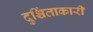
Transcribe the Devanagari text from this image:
दुश्चिंताकारी